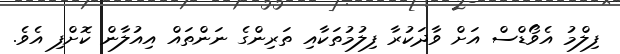
ފިލްމު އެވޯޑްސް އަށް ވާދަކުރާ ފިލުމުތަކާއި ތަރިންގެ ނަންތައް އިއުލާން ކޮށްފި އެވެ.